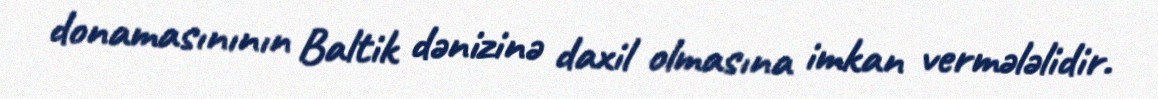
donamasınının Baltik dənizinə daxil olmasına imkan vermələlidir.